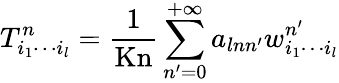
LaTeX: T_{i_{1}\cdots i_{l}}^{n}=\frac{1}{\mathrm{Kn}}\sum_{n^{\prime}=0}^{+\infty}a_{lnn^{\prime}}w_{i_{1}\cdots i_{l}}^{n^{\prime}}